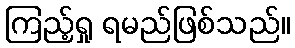
ကြည့်ရှု ရမည်ဖြစ်သည်။